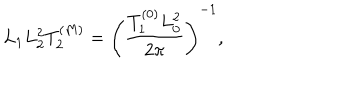
L _ { 1 } L _ { 2 } ^ { 2 } T _ { 2 } ^ { ( M ) } = \left( { \frac { T _ { 1 } ^ { ( 0 ) } L _ { 0 } ^ { 2 } } { 2 \pi } } \right) ^ { - 1 } ,